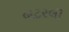
બટરલી